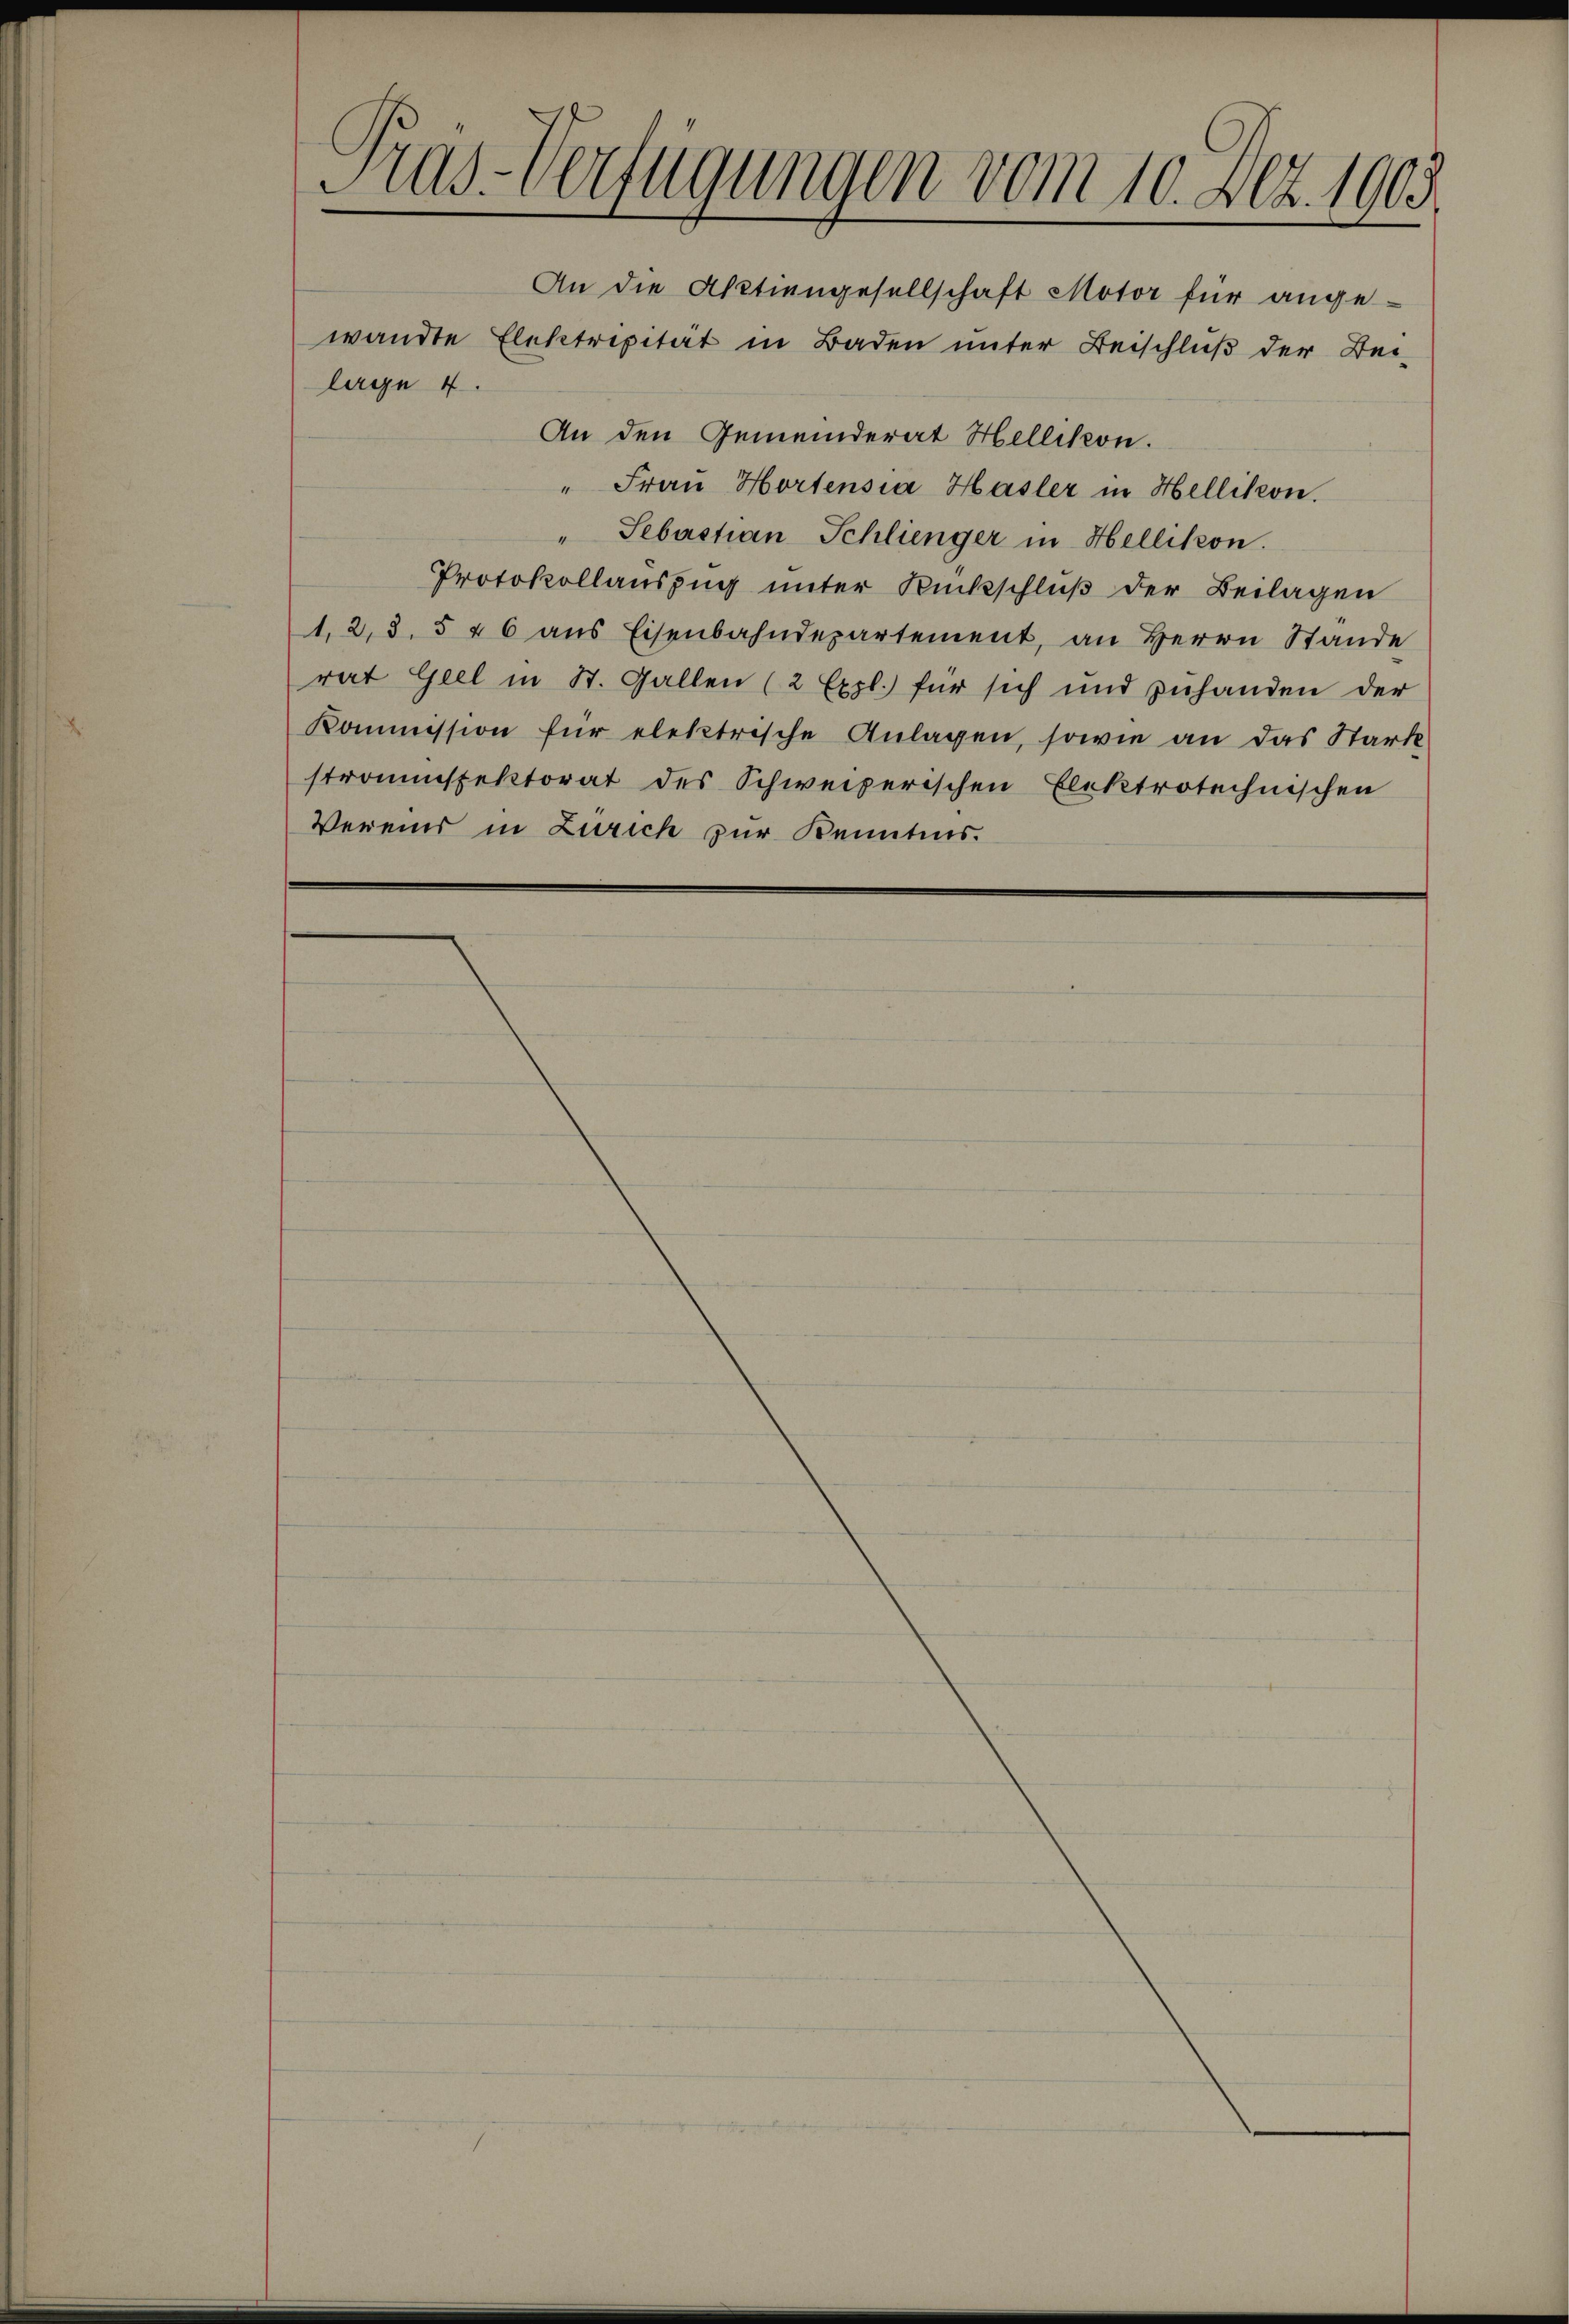
Pras-Verfügungen vom 10. Art. 1903

An die Aktiengesellschaft Motor für angewandte Elektripität in Baden unter Beischluß der Bei¬
An den Gemeinderat Hellikon.
" Frau Hortensia Hasler in Hellikon.
" Sebastian Schlienger in Hellikon.
Protokollauszug unter Rückschluß der Beilagen
1, 2, 3. 546 aŭs Eisenbahndepartement, an Herrn Stande
rat Geel in St. Gallen (2 Expl.) für sich und zuhanden der
Kommission für elektrische Anlagen, sowie an das Stark
stromspektorat des Schweizerischen Elektrotechnischen
Vereins in Zürich zur Kenntnis.

lage 4.